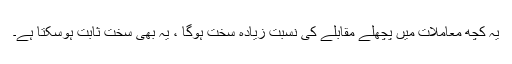
یہ کچھ معاملات میں پچھلے مقابلے کی نسبت زیادہ سخت ہوگا ، یہ بھی سخت ثابت ہوسکتا ہے۔